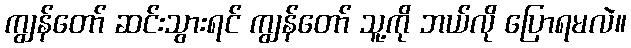
ကျွန်တော် ဆင်းသွားရင် ကျွန်တော် သူ့ကို ဘယ်လို ပြောရမလဲ။